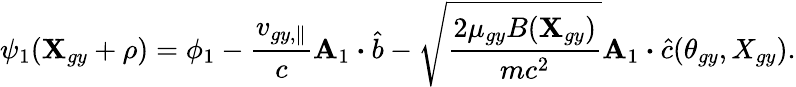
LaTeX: {\psi}_{1}(\textbf{X}_{gy}+\rho)=\phi_{1}-\frac{v_{gy,\parallel}}{c}\textbf{A}_{1}\boldsymbol{\cdot}\hat{b}-\sqrt{\frac{2\mu_{gy}B(\textbf{X}_{gy})}{mc^{2}}}\textbf{A}_{1}\boldsymbol{\cdot}\hat{c}(\theta_{gy},X_{gy}).